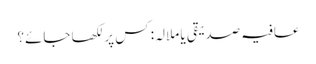
عافیہ صدیقی یا ملالہ: کس پر لکھا جائے؟